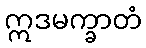
ဣဒမက္ခာတံ